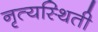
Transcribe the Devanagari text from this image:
नृत्यस्थिती